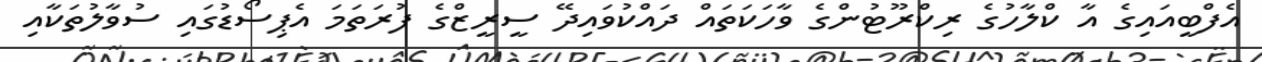
އެފްބީއައިގެ އާ ކްލާހުގެ ރިކްރޫޓުންގެ ވާހަކަތައް ދައްކުވައިދޭ ސީރީޒްގެ ފުރަތަމަ އެޕިސޯޑުގައި ސުވާލުތަކާއި